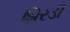
શિરડી